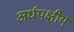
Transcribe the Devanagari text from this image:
अर्धपक्षीय